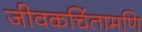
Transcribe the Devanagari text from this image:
जीवकचिंतामणि